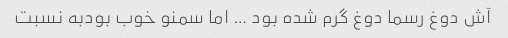
آش دوغ رسما دوغ گرم شده بود … اما سمنو خوب بودبه نسبت